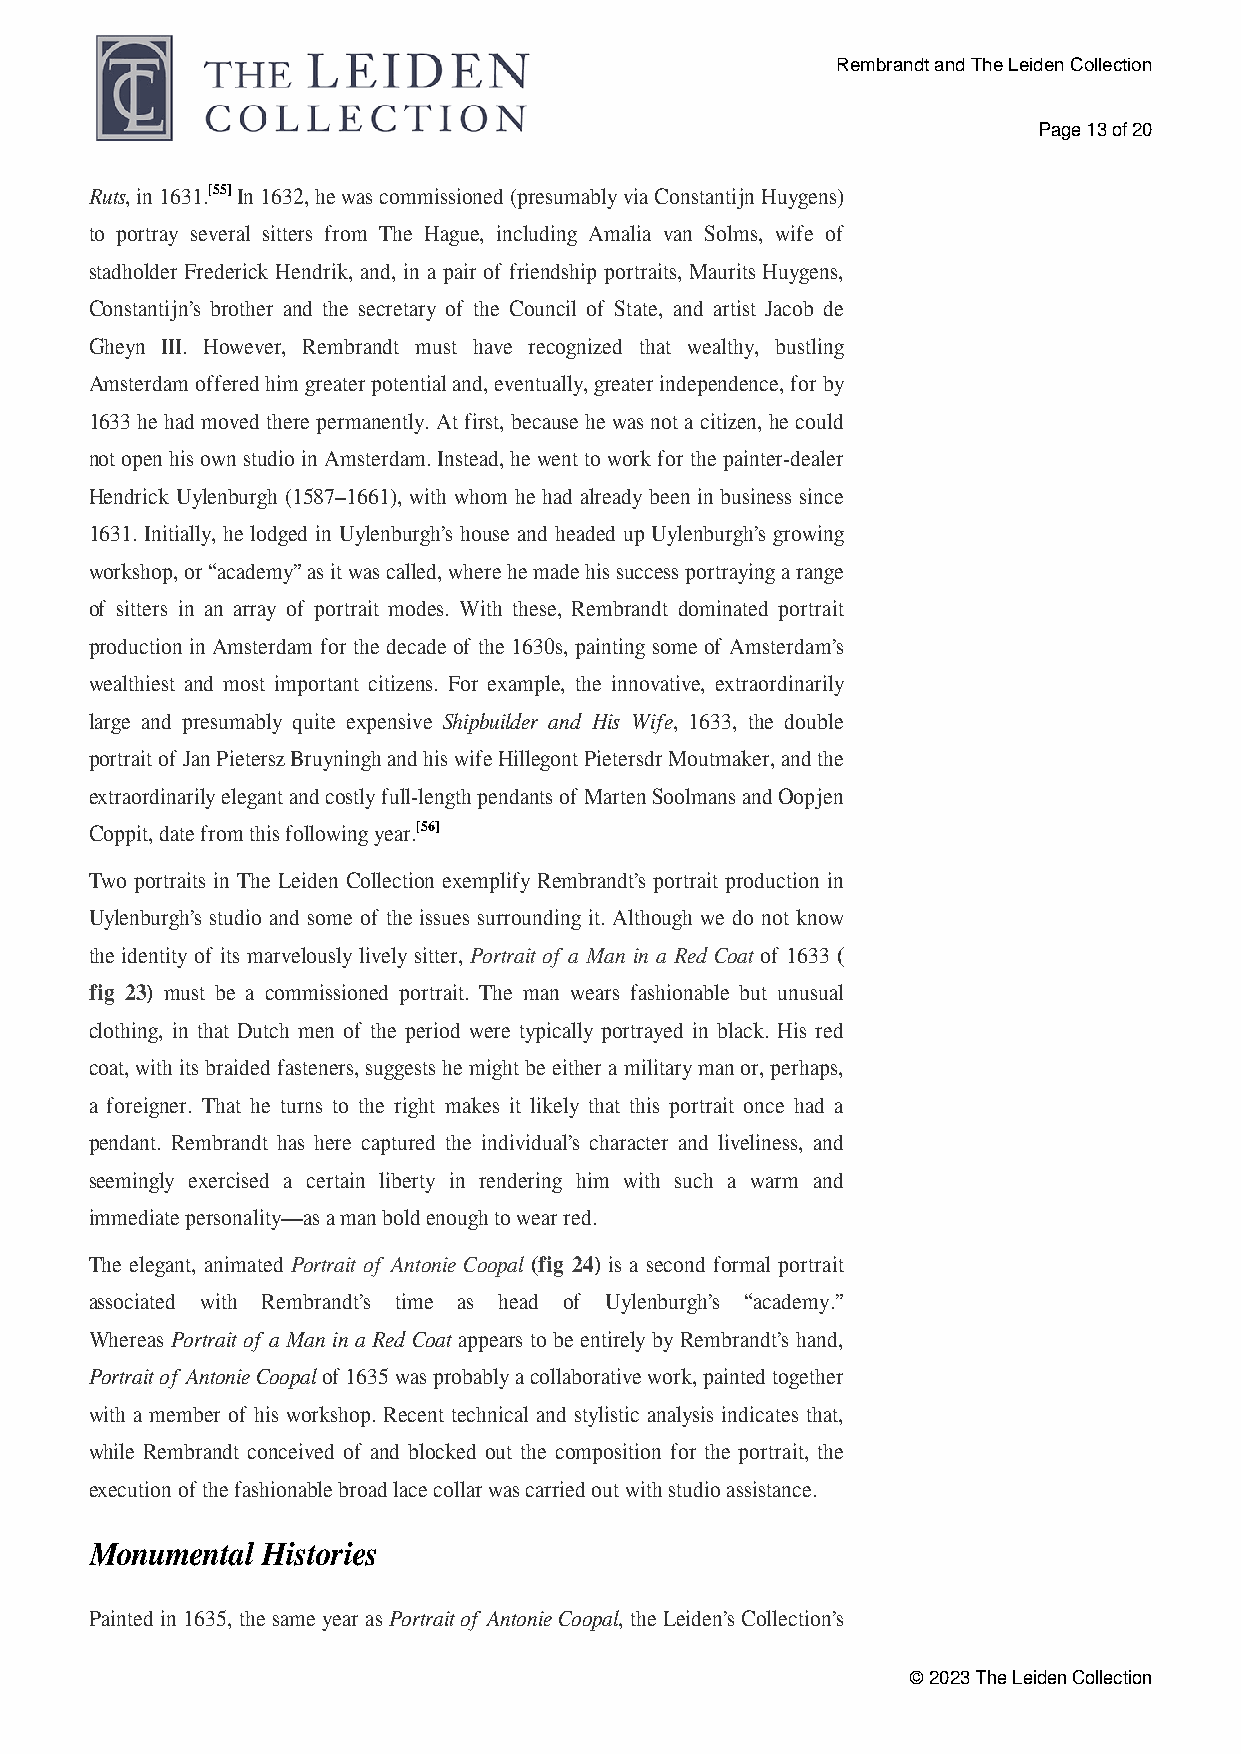
Rembrandt and The Leiden Collection
 Page 13 of 20
 Ruts,in1631.[55]In1632,hewascommissioned(presumablyviaConstantijnHuygens)
 to portray several sitters from The Hague, including Amalia van Solms, wife of
 stadholder Frederick Hendrik, and, in a pair of friendship portraits, Maurits Huygens,
 Constantijn’s brother and the secretary of the Council of State, and artist Jacob de
 Gheyn III. However, Rembrandt must have recognized that wealthy, bustling
 Amsterdamofferedhimgreaterpotentialand,eventually,greaterindependence,forby
 1633hehadmovedtherepermanently.Atfirst,becausehewasnotacitizen,hecould
 notopenhisownstudioinAmsterdam.Instead,hewenttoworkforthepainter-dealer
 Hendrick Uylenburgh (1587–1661), with whom he had already been in business since
 1631. Initially, he lodged in Uylenburgh’s house and headed up Uylenburgh’s growing
 workshop,or“academy”asitwascalled,wherehemadehissuccessportrayingarange
 of sitters in an array of portrait modes. With these, Rembrandt dominated portrait
 production in Amsterdam for the decade of the 1630s, painting some of Amsterdam’s
 wealthiest and most important citizens. For example, the innovative, extraordinarily
 large and presumably quite expensive Shipbuilder and His Wife, 1633, the double
 portraitofJanPieterszBruyninghandhiswifeHillegontPietersdrMoutmaker,andthe
 extraordinarilyelegantandcostlyfull-lengthpendantsofMartenSoolmansandOopjen
 Coppit, date from this following year.[56]
 Two portraits in The Leiden Collection exemplify Rembrandt’s portrait production in
 Uylenburgh’s studio and some of the issues surrounding it. Although we do not know
 the identity of its marvelously lively sitter, Portrait of a Man in a Red Coat of 1633 (
 fig 23) must be a commissioned portrait. The man wears fashionable but unusual
 clothing, in that Dutch men of the period were typically portrayed in black. His red
 coat,withitsbraidedfasteners,suggestshemightbeeitheramilitarymanor,perhaps,
 a foreigner. That he turns to the right makes it likely that this portrait once had a
 pendant. Rembrandt has here captured the individual’s character and liveliness, and
 seemingly exercised a certain liberty in rendering him with such a warm and
 immediate personality—as a man bold enough to wear red.
 The elegant, animated Portrait of Antonie Coopal (fig 24) is a second formal portrait
 associated with Rembrandt’s time as head of Uylenburgh’s “academy.”
 Whereas Portrait of a Man in a Red Coat appears to be entirely by Rembrandt’s hand,
 PortraitofAntonieCoopalof1635wasprobablyacollaborativework,paintedtogether
 with a member of his workshop. Recent technical and stylistic analysis indicates that,
 while Rembrandt conceived of and blocked out the composition for the portrait, the
 execution of the fashionable broad lace collar was carried out with studio assistance.
 Monumental Histories
 Painted in 1635, the same year as Portrait of Antonie Coopal, the Leiden’s Collection’s
 © 2023 The Leiden Collection